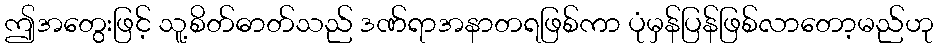
ဤအတွေးဖြင့် သူ့စိတ်ဓာတ်သည် ဒဏ်ရာအနာတရဖြစ်ကာ ပုံမှန်ပြန်ဖြစ်လာတော့မည်ဟု